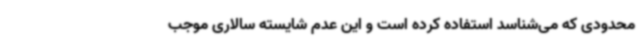
محدودی که می‌شناسد استفاده کرده است و این عدم شایسته سالاری موجب